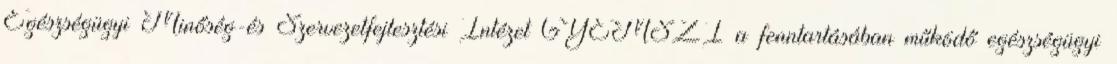
Egészségügyi Minőség-és Szervezetfejlesztési Intézet GYEMSZI a fenntartásában működő egészségügyi